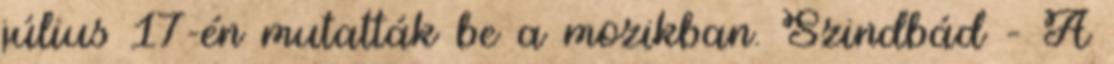
július 17-én mutatták be a mozikban. Szindbád – A